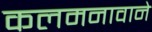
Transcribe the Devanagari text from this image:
कलमनावाने